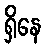
ရှိနေ